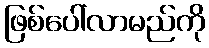
ဖြစ်ပေါ်လာမည်ကို